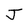
Character: J